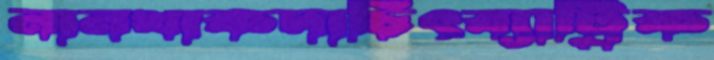
নানখাকদাচিৎব্যাট্রিক